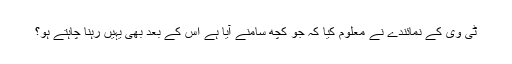
ٹی وی کے نمائندے نے معلوم کیا کہ جو کچھ سامنے آیا ہے اس کے بعد بھی یہیں رہنا چاہتے ہو؟